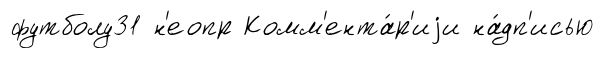
футболу31 н'еопр Комм'ента́р'иjи на́дп'исью